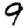
Digit: 9